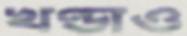
খণ্ডাও